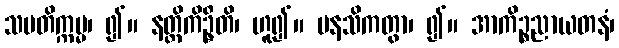
သမတိက္ကမ္မ၊ ၍။ နတ္ထိကိဦ္စတိ၊ ဟူ၍။ မနသိကတွာ၊ ၍။ အာကိဉ္စညာယတနံ၊